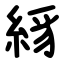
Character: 絼